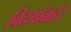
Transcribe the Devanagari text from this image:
विदर्भाबाहेर